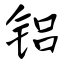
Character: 铝